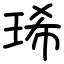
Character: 琋